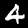
Digit: 4